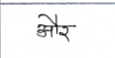
मजकूर: और